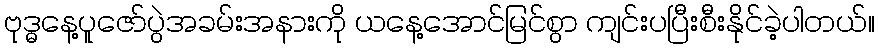
ဗုဒ္ဓနေ့ပူဇော်ပွဲအခမ်းအနားကို ယနေ့အောင်မြင်စွာ ကျင်းပပြီးစီးနိုင်ခဲ့ပါတယ်။